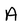
Character: A